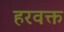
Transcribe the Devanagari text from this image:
हरवक्त